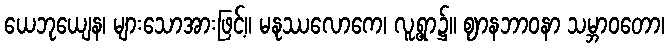
ယေဘုယျေန၊ များသောအားဖြင့်။ မနုဿလောကေ၊ လူ့ရွာ၌။ ဈာနဘာဝနာ သမ္ဘာဝတော၊